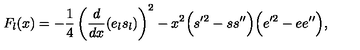
F _ { l } ( x ) = - \frac { 1 } { 4 } \left( \frac { d } { d x } ( e _ { l } s _ { l } ) \right) ^ { 2 } - x ^ { 2 } \Bigl ( s ^ { \prime 2 } - s s ^ { \prime \prime } \Bigr ) \Bigl ( e ^ { \prime 2 } - e e ^ { \prime \prime } \Bigr ) ,